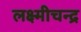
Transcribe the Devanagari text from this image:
लक्ष्मीचन्द्र